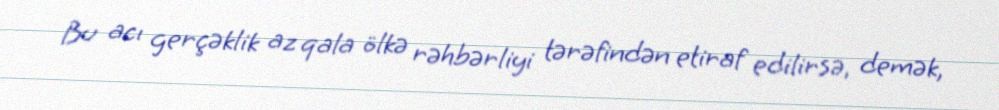
Bu acı gerçəklik az qala ölkə rəhbərliyi tərəfindən etiraf edilirsə, demək,